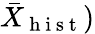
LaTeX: \bar{X}_{\mathrm{~h~i~s~t~}})